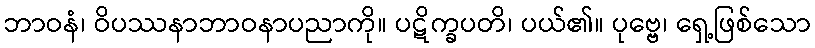
ဘာဝနံ၊ ဝိပဿနာဘာဝနာပညာကို။ ပဋိက္ခပတိ၊ ပယ်၏။ ပုဗ္ဗေ၊ ရှေ့ဖြစ်သော